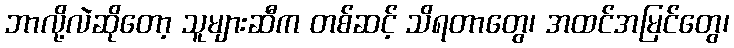
ဘာလို့လဲဆိုတော့ သူများဆီက တစ်ဆင့် သိရတာတွေ၊ အထင်အမြင်တွေ၊